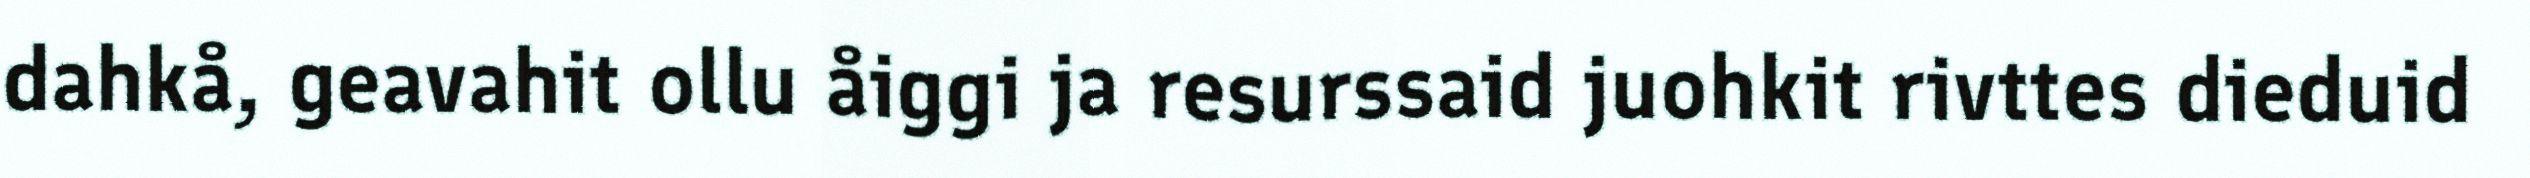
dahkå, geavahit ollu åiggi ja resurssaid juohkit rivttes dieduid